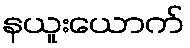
နယူးယောက်